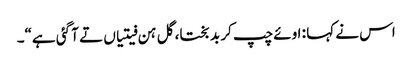
اس نے کہا : اوئے چپ کر بد بختا، گل ہن فیتیاں تے آ گئی ہے“۔